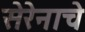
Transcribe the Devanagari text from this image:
सेरेनाचे